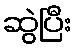
ဆွဲပြီး